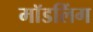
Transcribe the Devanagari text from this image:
मॉडलिंग